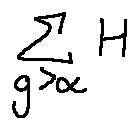
\sum \limits _ { g > \alpha } H